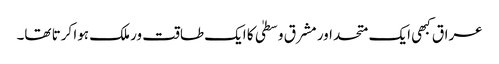
عراق کبھی ایک متحد اور مشرق وسطیٰ کا ایک طاقت ور ملک ہوا کرتا تھا۔